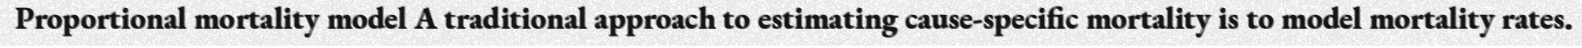
Proportional mortality model A traditional approach to estimating cause-specific mortality is to model mortality rates.